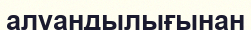
алуандылығынан